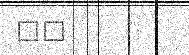
٩٧